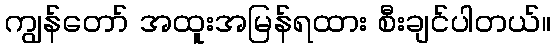
ကျွန်တော် အထူးအမြန်ရထား စီးချင်ပါတယ်။